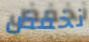
نخفض